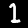
Digit: 1